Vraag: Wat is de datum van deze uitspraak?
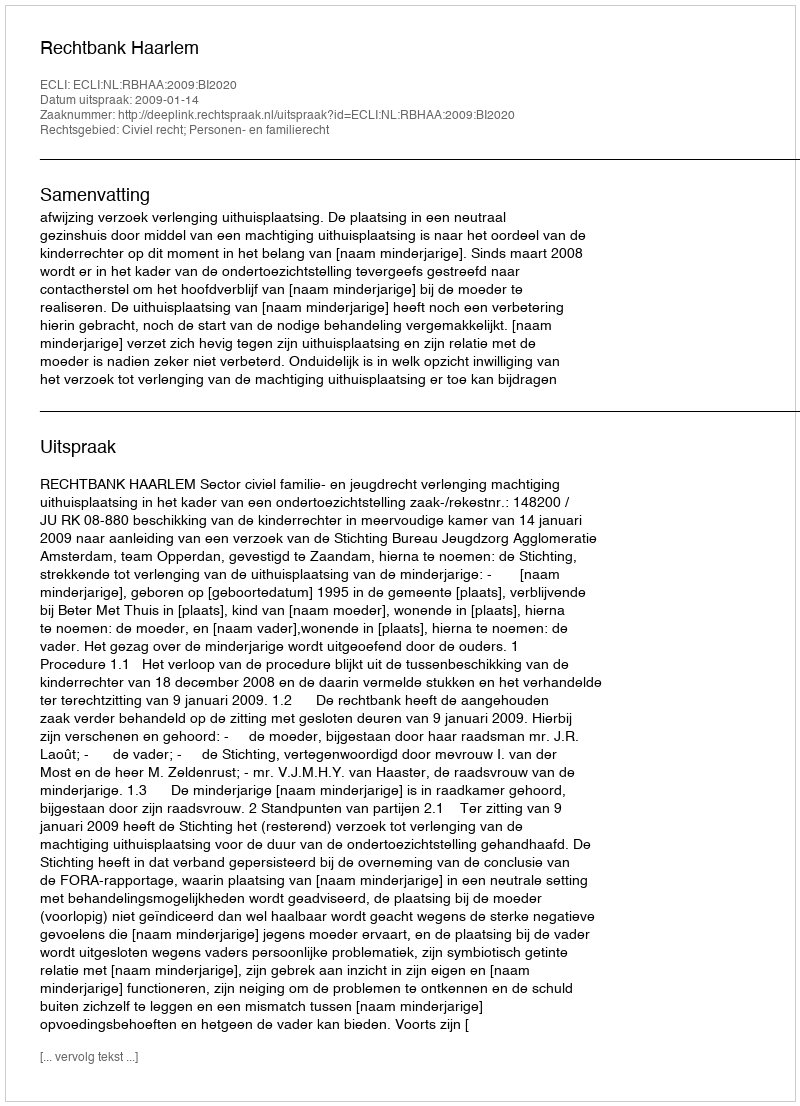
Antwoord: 2009-01-14